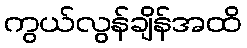
ကွယ်လွန်ချိန်အထိ